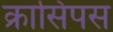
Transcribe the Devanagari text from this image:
क्रासिपस